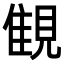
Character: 𧡖